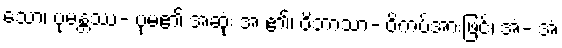
သော၊ ပုမန္တဿ- ပုမ၏ အဆုံး အ ၏၊ ဝိဘာသာ- ဝိကပ်အားဖြင့်၊ အံ- အံ